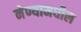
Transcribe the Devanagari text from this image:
नेण्यामधील